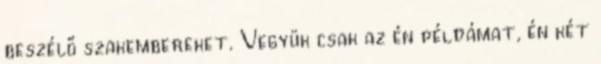
beszélő szakembereket. Vegyük csak az én példámat, én két